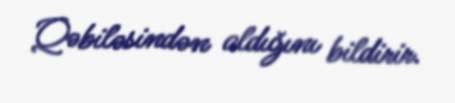
Qəbiləsindən aldığını bildirir.